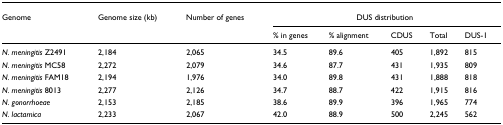
<table><thead><tr><td><b>Genome</b></td><td><b>Genome size (kb)</b></td><td><b>Number of genes</b></td><td colspan="5"><b>DUS distribution</b></td></tr><tr><td></td><td></td><td></td><td><b>% in genes</b></td><td><b>% alignment</b></td><td><b>CDUS</b></td><td><b>Total</b></td><td><b>DUS-1</b></td></tr></thead><tbody><tr><td><i>N. meningitis </i>Z2491</td><td>2,184</td><td>2,065</td><td>34.5</td><td>89.6</td><td>405</td><td>1,892</td><td>815</td></tr><tr><td><i>N. meningitis </i>MC58</td><td>2,272</td><td>2,079</td><td>34.6</td><td>87.7</td><td>431</td><td>1,935</td><td>809</td></tr><tr><td><i>N. meningitis </i>FAM18</td><td>2,194</td><td>1,976</td><td>34.0</td><td>89.8</td><td>431</td><td>1,888</td><td>818</td></tr><tr><td><i>N. meningitis </i>8013</td><td>2,277</td><td>2,126</td><td>34.7</td><td>88.7</td><td>422</td><td>1,915</td><td>816</td></tr><tr><td><i>N. gonorrhoeae</i></td><td>2,153</td><td>2,185</td><td>38.6</td><td>89.9</td><td>396</td><td>1,965</td><td>774</td></tr><tr><td><i>N. lactamica</i></td><td>2,233</td><td>2,067</td><td>42.0</td><td>88.9</td><td>500</td><td>2,245</td><td>562</td></tr></tbody></table>